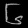
Digit: ၆